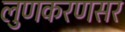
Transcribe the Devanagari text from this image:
लुणकरणसर